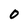
Character: 0